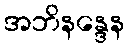
အဘိနန္ဒေန